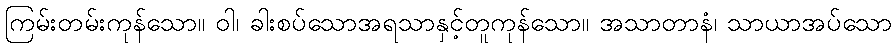
ကြမ်းတမ်းကုန်သော။ ဝါ၊ ခါးစပ်သောအရသာနှင့်တူကုန်သော။ အသာတာနံ၊ သာယာအပ်သော